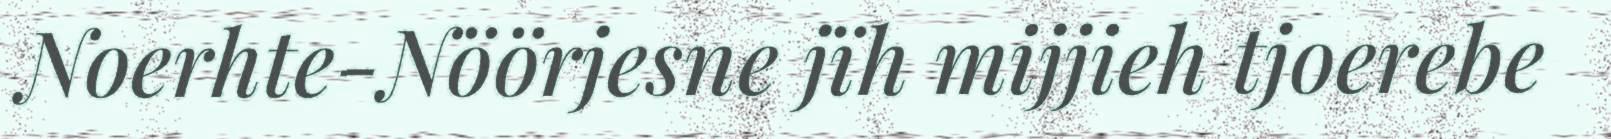
Noerhte-Nöörjesne jïh mijjieh tjoerebe